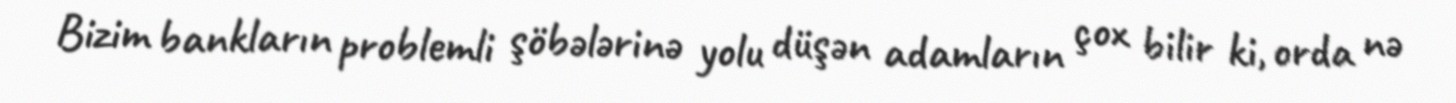
Bizim bankların problemli şöbələrinə yolu düşən adamların çox bilir ki, orda nə